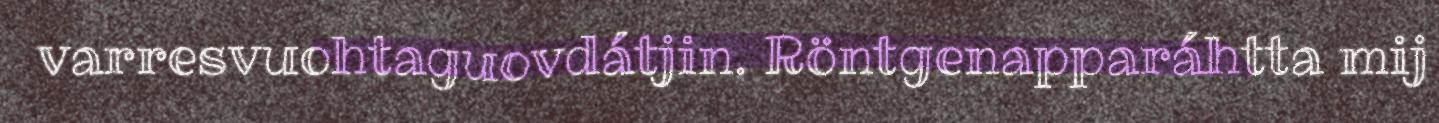
varresvuohtaguovdátjin. Röntgenapparáhtta mij